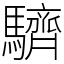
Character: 䮺